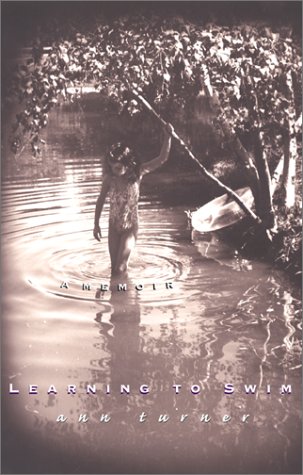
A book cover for Learning To Swim; Ann Turner; Teen & Young Adult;